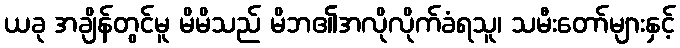
ယခု အချိန်တွင်မူ မိမိသည် မိဘ၏အလိုလိုက်ခံရသူ၊ သမီးတော်များနှင့်